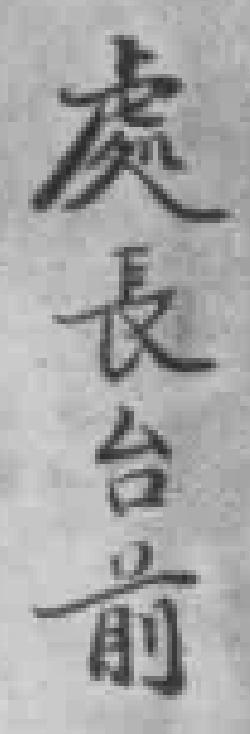
處長台前